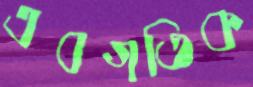
এবগতিক